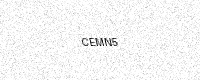
Text: CEMN5